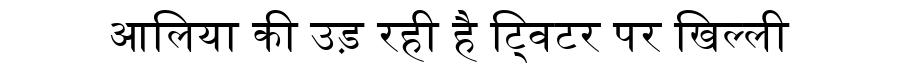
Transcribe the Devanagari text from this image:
आलिया की उड़ रही है ट्विटर पर खिल्ली